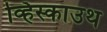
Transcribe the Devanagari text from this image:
व्हिस्काउथ